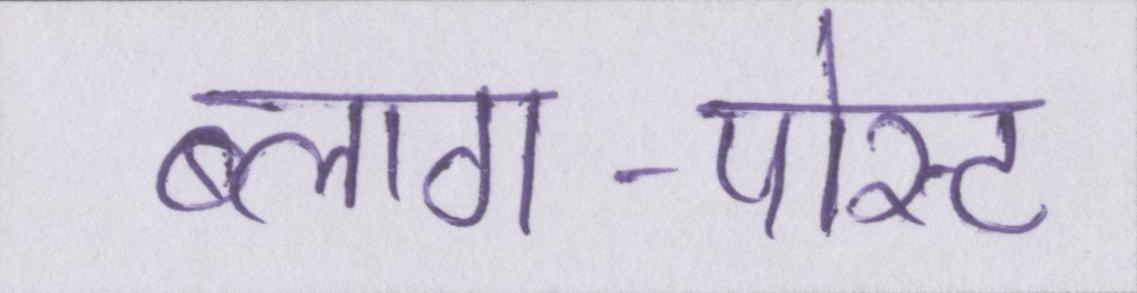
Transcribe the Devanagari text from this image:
ब्लाग-पोस्ट